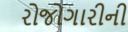
રોજોગારીની